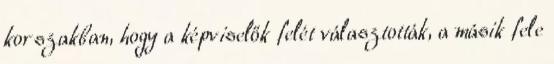
korszakban, hogy a képviselők felét választották, a másik fele